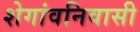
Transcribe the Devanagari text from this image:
शेगांवनिवासी